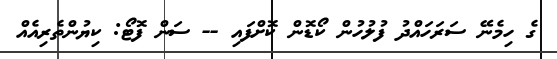
ގެ ހިމެނޭ ސަރަހައްދު ފުލުހުން ކޯޑޮން ކޮށްފައި -- ސަން ފޮޓޯ: ކިޔުންތެރިއެއް